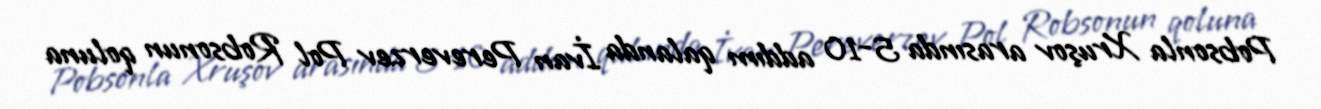
Pobsonla Xruşov arasında 5-10 addım qalanda İvan Pereverzev Pol Robsonun qoluna